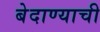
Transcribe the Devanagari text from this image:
बेदाण्याची